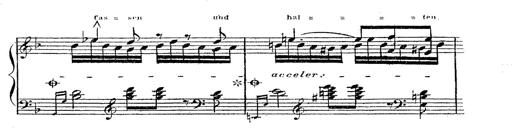
Title: 12 Lieder von Franz Schubert
Composer: Franz Liszt